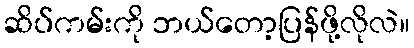
ဆိပ်ကမ်းကို ဘယ်တော့ပြန်ဖို့လိုလဲ။